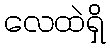
လေထဲရှိ